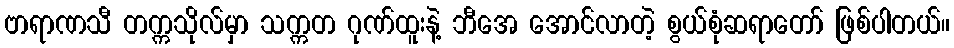
ဗာရာဏသီ တက္ကသိုလ်မှာ သက္ကတ ဂုဏ်ထူးနဲ့ ဘီအေ အောင်လာတဲ့ စွယ်စုံဆရာတော် ဖြစ်ပါတယ်။